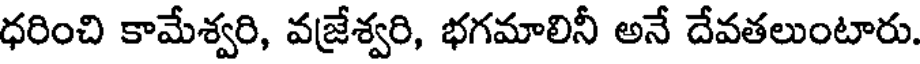
ధరించి కామేశ్వరి, వజ్రేశ్వరి, భగమాలినీ అనే దేవతలుంటారు.